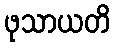
ဖုသာယတိ